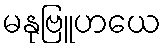
မနုဗြူဟယေ